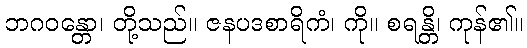
ဘဂဝန္တော၊ တို့သည်။ ဇနပဒစာရိကံ၊ ကို။ စရန္တိ၊ ကုန်၏။